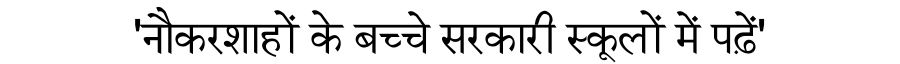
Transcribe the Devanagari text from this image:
'नौकरशाहों के बच्चे सरकारी स्कूलों में पढ़ें'